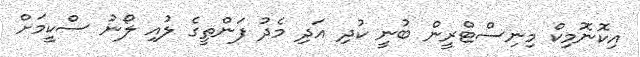
އިކޮނޮމިކް މިނިސްޓްރީން ބުނީ ކުދި އަދި މެދު ފަންތީގެ ލުއި ލޯނު ސްކީމަށް